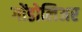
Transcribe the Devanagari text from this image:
गोंडोलिअर